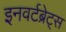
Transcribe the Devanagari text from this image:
इनवर्टब्रेट्स